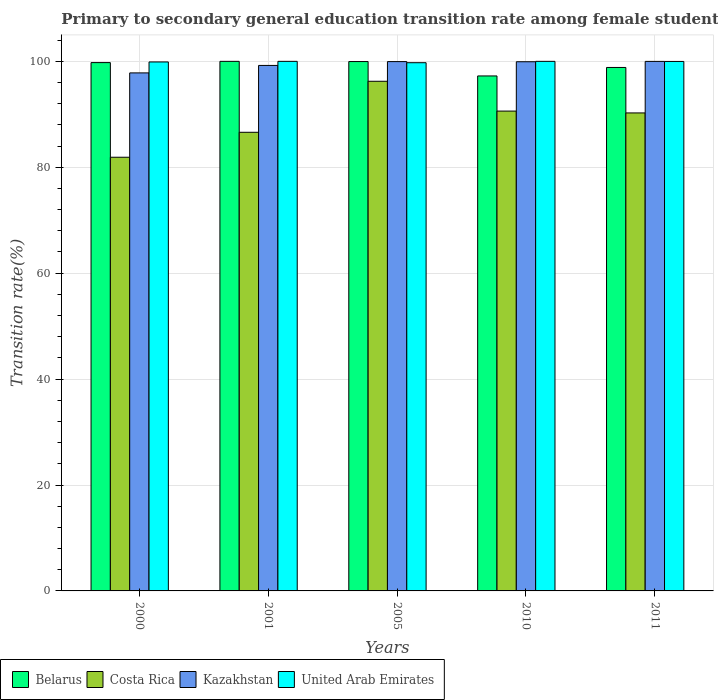
| Years | Belarus | Costa Rica | Kazakhstan | United Arab Emirates |
 | --- | --- | --- | --- | --- |
 | 2000 | 99.8 | 81.9 | 97.8 | 99.9 |
 | 2001 | 100 | 86.6 | 99.2 | 100 |
 | 2005 | 100 | 96.2 | 100 | 99.7 |
 | 2010 | 97.2 | 90.6 | 99.9 | 100 |
 | 2011 | 98.8 | 90.3 | 100 | 100 |